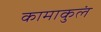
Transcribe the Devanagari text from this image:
कामाकुलं